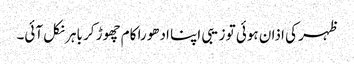
ظہر کی اذان ہوئی تو زیبی اپنا ادھورا کام چھوڑ کر باہر نکل آئی۔